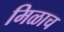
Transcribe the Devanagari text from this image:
मिळाच